Indian Medical Review
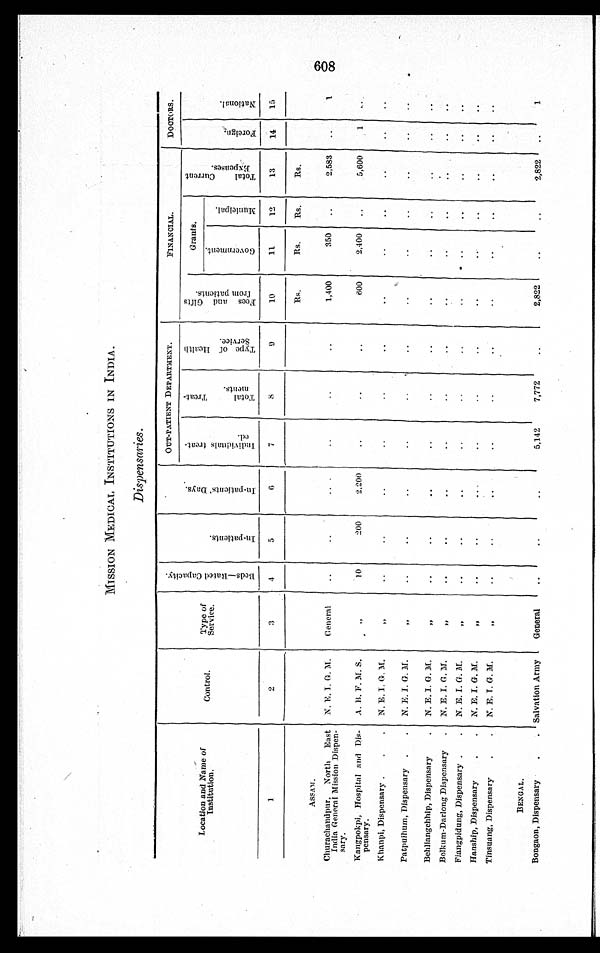
MISSION MEDICAL INSTITUTIONS IN INDIA.
Dispensaries.
Location and Name of
Institution.
Control. Type of
Service.
B e d s — R a t e d C a p a c i t y .
I n - p a t i e n t s .
I n - p a t i e n t s ' D a y s .
OUT-PATIENT DEPARTMENT.
FINANCIAL.
DOCTORS.
I n d i v i d n a l s t r e a t -
ed.
T o t a l T r e a t -
m e n t s .
T y p e o f H e a l t h
S e r v i c e .
F e e s a n d G i f t s
f r o m p a t i e n t s .
Grants.
T o t a l C u r r e n t
E x p e n s e s .
F o r e i g n . N a t i o n a l .
G o v e r n m e n t .
M u n i c i o p a l .
1
2
3
4 5
6
7
8
9
10
11 12 13 14 15
Rs.
Rs. Rs. Rs.
A S S A M .
Churachandpur, North East
India General Mission Dispen-
sary.
N. E. I. G. M.
G e n e r a l
1, 400 350
2, 583
1
K a n g p o k p i , H o s p i t a l a n d D i s -
p e n s a r y .
A. B. F. M. S.
, ,
10 200 2,200
600 2, 400
5, 600 1
Khanpi, Dispensary. N. E. I. G. M.
, ,
Patpuihum, Dispensary. N. E. I. G. M.
, ,
Behliangchhip, Dispensary. N. E. I. G. M.
, ,
Belkum-Darlong Dispensary. N. E. I. G. M.
, ,
Fingpidung, Dispensary. N. E. I. G. M.
, ,
H a n s h i p , D i s p e n s a r y . N. E. I. G. M.
, ,
Tinsuang, Dispensary.
N. E. I. G. M.
, ,
BENGAL.
Bongaon, Dispensary. Salvation Army General
5, 142 7, 772
2, 822
2, 822
1
608